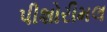
પીશોરીમલ